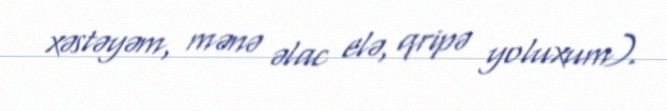
xəstəyəm, mənə əlac elə, qripə yoluxum).